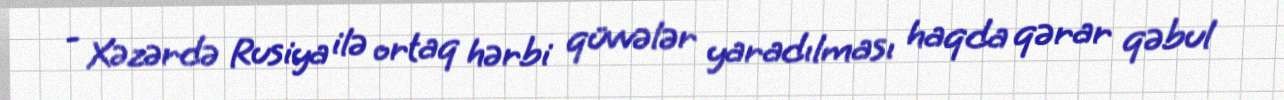
- Xəzərdə Rusiya ilə ortaq hərbi qüvvələr yaradılması haqda qərar qəbul